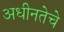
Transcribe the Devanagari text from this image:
अधीनतेचे